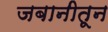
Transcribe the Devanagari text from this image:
जबानीतून